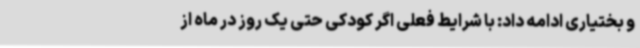
و بختیاری ادامه داد: با شرایط فعلی اگر کودکی حتی یک روز در ماه از